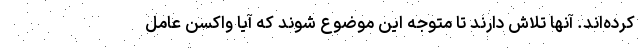
کرده‌اند. آنها تلاش دارند تا متوجه این موضوع شوند که آیا واکسن عامل